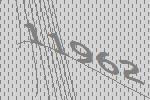
11962